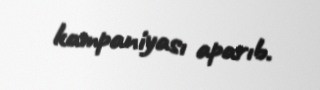
kampaniyası aparıb.